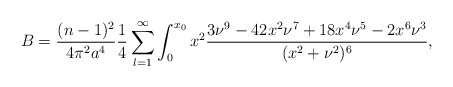
\begin{align*}B= \frac{(n-1)^2}{4 \pi^2 a^4}\frac{1}{4}\sum_{l=1}^{\infty}\int_0^{x_0}x^2\frac{3\nu^9-42x^2\nu^7+18x^4\nu^5-2x^6\nu^3}{(x^2+\nu^2)^6},\end{align*}